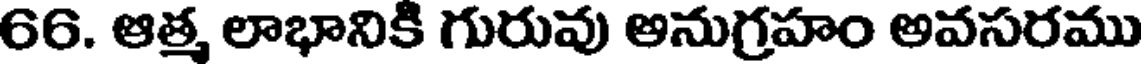
66. ఆత్మ లాభానికి గురువు అనుగ్రహం అవసరము